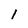
Character: l